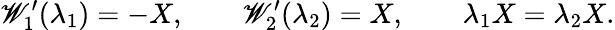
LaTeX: \mathscr{W}_{1}^{\prime}(\lambda_{1})=-X,\qquad\mathscr{W}_{2}^{\prime}(\lambda_{2})=X,\qquad\lambda_{1}X=\lambda_{2}X.